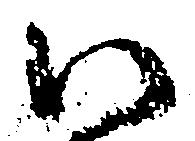
い